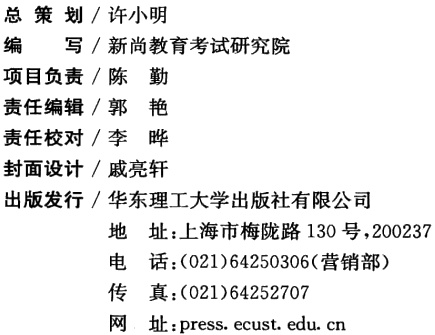
\begin{document}

总 策 划 / 许小明\\

编 写 / 新尚教育考试研究院\\

项目负责 / 陈 勤\\

责任编辑 / 郭 艳\\

责任校对 / 李 晔\\

封面设计 / 戚亮轩\\

出版发行 / 华东理工大学出版社有限公司\\

地 址：上海市梅陇路 130 号，200237\\

电 话：(021)64250306(营销部)\\

传 真：(021)64252707\\

网 址：press.ecust.edu.cn

\end{document}